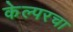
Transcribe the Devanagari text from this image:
केल्परचा